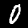
Label: 0